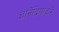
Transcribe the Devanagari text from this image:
ज्ञानेंद्रियांद्वारे